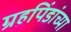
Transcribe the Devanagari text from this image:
ग्रहपिंडांच्या